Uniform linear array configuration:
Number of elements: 12
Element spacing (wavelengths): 0.5
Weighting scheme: blackman
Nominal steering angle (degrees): -15
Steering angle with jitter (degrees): -13.607
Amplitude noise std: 0.05
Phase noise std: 0.05

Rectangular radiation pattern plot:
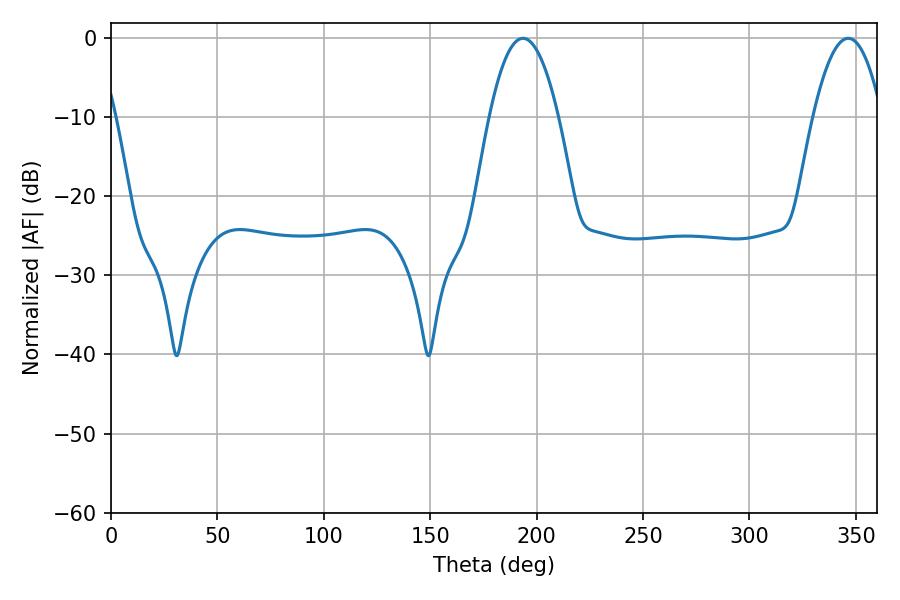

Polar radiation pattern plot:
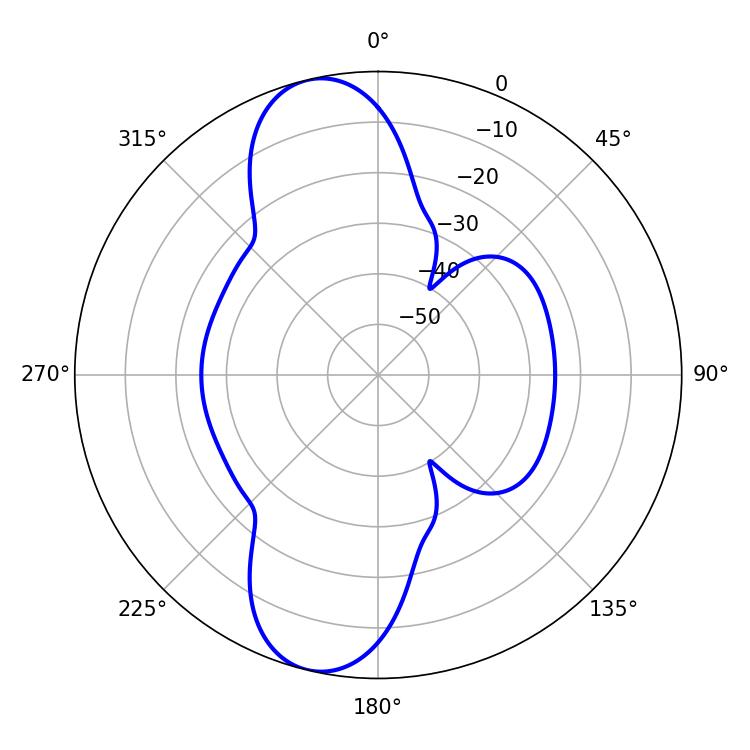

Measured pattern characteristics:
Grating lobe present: FALSE
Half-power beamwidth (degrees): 17.82
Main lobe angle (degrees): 193.5